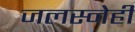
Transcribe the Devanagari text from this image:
जलस्नेही